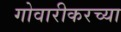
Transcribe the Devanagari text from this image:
गोवारीकरच्या